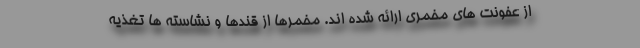
از عفونت های مخمری ارائه شده اند. مخمرها از قندها و نشاسته ها تغذیه